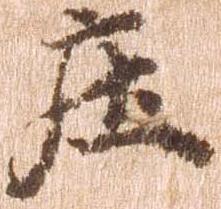
庄